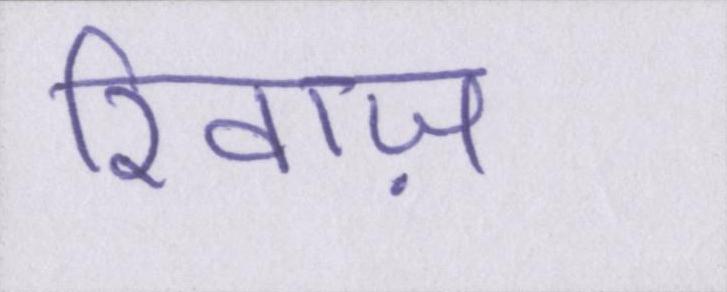
रिवाज़